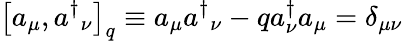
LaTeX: {}\left[a_{\mu},a{^\dagger}{_\nu}\right]_{q}\equiv a_{\mu}a{^\dagger}_{\nu}-qa_{\nu}^{\dagger}a_{\mu}=\delta_{\mu\nu}